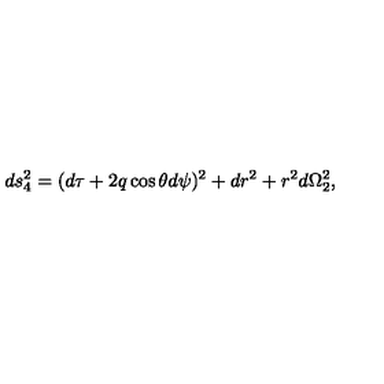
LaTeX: d s _ { 4 } ^ { 2 } = ( d \tau + 2 q \cos \theta d \psi ) ^ { 2 } + d r ^ { 2 } + r ^ { 2 } d \Omega _ { 2 } ^ { 2 } ,